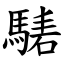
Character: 騞